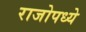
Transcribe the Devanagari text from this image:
राजोपध्ये